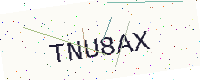
Text: TNU8AX